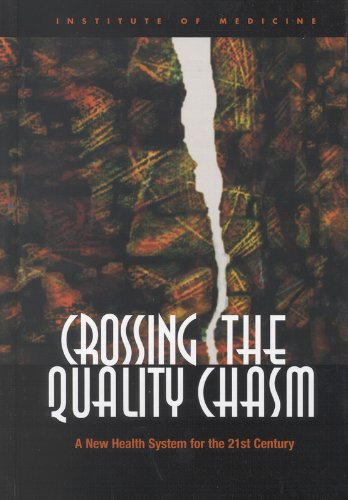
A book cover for Crossing the Quality Chasm:: A New Health System for the 21st Century; Committee on Quality of Health Care in America; Medical Books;